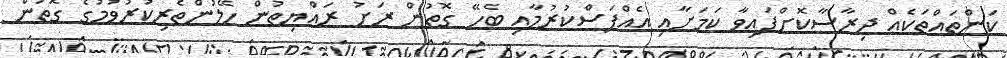
ކަންތައްތަކެއް ދިރާސާކޮށްފައިވާ ކަމަށާއި އެއްފަސްކުރުމާއި ބެހޭ ގޮތުން ރަށު ރައްޔިތުން ހޭލުންތެރިކުރުވުމުގެ ގޮތުން